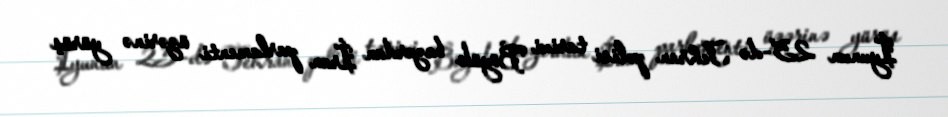
İyunun 25-də Tehran polisi tarixi Böyük bazardan İran parlamenti üzərinə yürüş